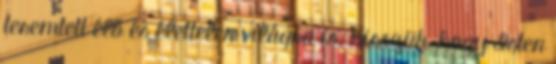
teremtett élő és élettelen világra is. Hisszük, hogy Isten